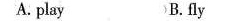
A. play B.fly